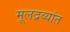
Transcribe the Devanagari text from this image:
मूलद्रव्यांत